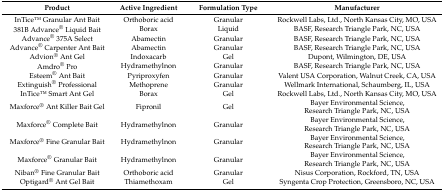
<table><thead><tr><td><b>Product</b></td><td><b>Active Ingredient</b></td><td><b>Formulation Type</b></td><td><b>Manufacturer</b></td></tr></thead><tbody><tr><td>InTiceTM Granular Ant Bait</td><td>Orthoboric acid</td><td>Granular</td><td>Rockwell Labs, Ltd., North Kansas City, MO, USA</td></tr><tr><td>381B Advance<sup>®</sup> Liquid Bait</td><td>Borax</td><td>Liquid</td><td>BASF, Research Triangle Park, NC, USA</td></tr><tr><td>Advance<sup>®</sup> 375A Select</td><td>Abamectin</td><td>Granular</td><td>BASF, Research Triangle Park, NC, USA</td></tr><tr><td>Advance<sup>®</sup> Carpenter Ant Bait</td><td>Abamectin</td><td>Granular</td><td>BASF, Research Triangle Park, NC, USA</td></tr><tr><td>Advion<sup>®</sup> Ant Gel</td><td>Indoxacarb</td><td>Gel</td><td>Dupont, Wilmington, DE, USA</td></tr><tr><td>Amdro<sup>®</sup> Pro</td><td>Hydramethylnon</td><td>Granular</td><td>BASF, Research Triangle Park, NC, USA</td></tr><tr><td>Esteem<sup>®</sup> Ant Bait</td><td>Pyriproxyfen</td><td>Granular</td><td>Valent USA Corporation, Walnut Creek, CA, USA</td></tr><tr><td>Extinguish<sup>®</sup> Professional</td><td>Methoprene</td><td>Granular</td><td>Wellmark International, Schaumberg, IL, USA</td></tr><tr><td>InTiceTM Smart Ant Gel</td><td>Borax</td><td>Gel</td><td>Rockwell Labs, Ltd., North Kansas City, MO, USA</td></tr><tr><td>Maxforce<sup>®</sup> Ant Killer Bait Gel</td><td>Fipronil</td><td>Gel</td><td>Bayer Environmental Science, Research Triangle Park, NC, USA</td></tr><tr><td>Maxforce<sup>®</sup> Complete Bait</td><td>Hydramethylnon</td><td>Granular</td><td>Bayer Environmental Science, Research Triangle Park, NC, USA</td></tr><tr><td>Maxforce<sup>®</sup> Fine Granular Bait</td><td>Hydramethylnon</td><td>Granular</td><td>Bayer Environmental Science, Research Triangle Park, NC, USA</td></tr><tr><td>Maxforce<sup>®</sup> Granular Bait</td><td>Hydramethylnon</td><td>Granular</td><td>Bayer Environmental Science, Research Triangle Park, NC, USA</td></tr><tr><td>Niban<sup>®</sup> Fine Granular Bait</td><td>Orthoboric acid</td><td>Granular</td><td>Nisus Corporation, Rockford, TN, USA</td></tr><tr><td>Optigard<sup>®</sup> Ant Gel Bait</td><td>Thiamethoxam</td><td>Gel</td><td>Syngenta Crop Protection, Greensboro, NC, USA</td></tr></tbody></table>